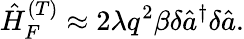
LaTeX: \hat{H}_{F}^{(T)}\approx 2\lambda q^{2}\beta\delta\hat{a}^{\dagger}\delta\hat{a}.